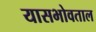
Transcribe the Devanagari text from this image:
यासभोवताल